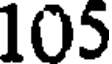
105